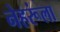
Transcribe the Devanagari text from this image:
नेहरूंला